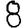
Digit: 8